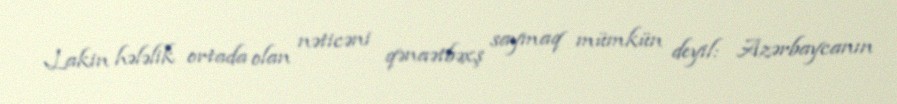
Lakin hələlik ortada olan nəticəni qənaətbəxş saymaq mümkün deyil: Azərbaycanın